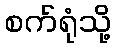
စက်ရုံသို့